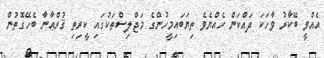
އެއްވީ ބޭކާރު ވާހަކަ ދައްކަން ހެއްޔެވެ ތިޔަބައިމީހުންގެ މަޖްލިސްތަކުގައި ކީރިތި ޤުރްޢާނާ ބެހޭގޮތުން